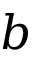
b